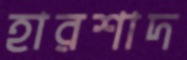
হারশাদ